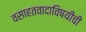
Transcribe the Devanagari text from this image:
वसाहतवादाविषयीची